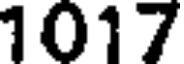
1017